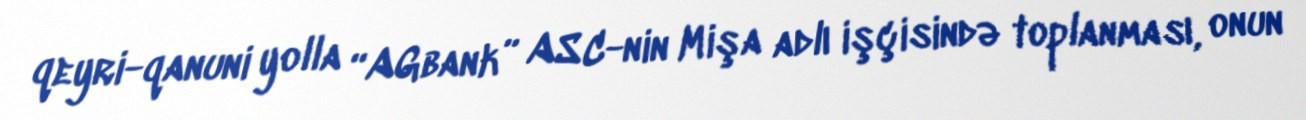
qeyri-qanuni yolla “AGbank” ASC-nin Mişa adlı işçisində toplanması, onun